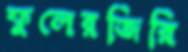
ফুলেরজিরি